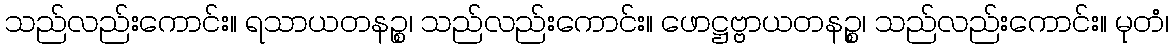
သည်လည်းကောင်း။ ရသာယတနဉ္စ၊ သည်လည်းကောင်း။ ဖောဋ္ဌဗ္ဗာယတနဉ္စ၊ သည်လည်းကောင်း။ မုတံ၊